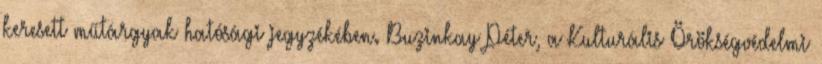
keresett műtárgyak hatósági jegyzékében. Buzinkay Péter, a Kulturális Örökségvédelmi